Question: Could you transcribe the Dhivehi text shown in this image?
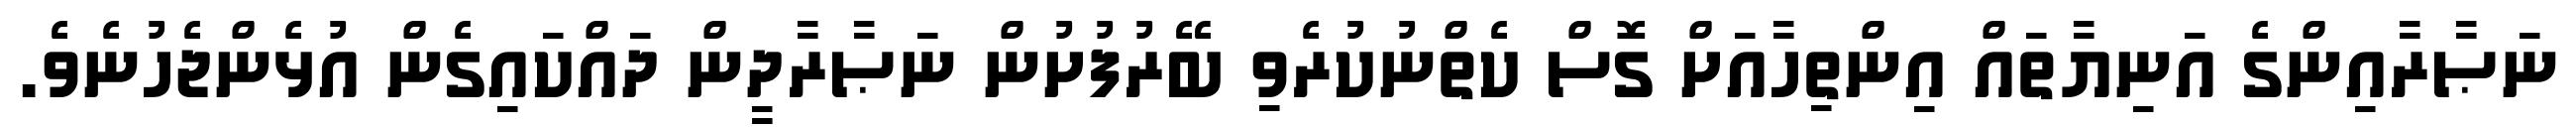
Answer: ނަޞާރާއިންގެ އަނިޔާތައް އިންތިހާއަށް ގޮސް ކެތްނުކުރެވި ބޭރުފުށުން ނަޞާރާދީން ދައްކައިގެން އުޅެންޖެހުނެވެ.